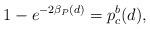
LaTeX: \begin{align*}1-e^{-2\beta_P(d)}=p_c^b(d),\end{align*}